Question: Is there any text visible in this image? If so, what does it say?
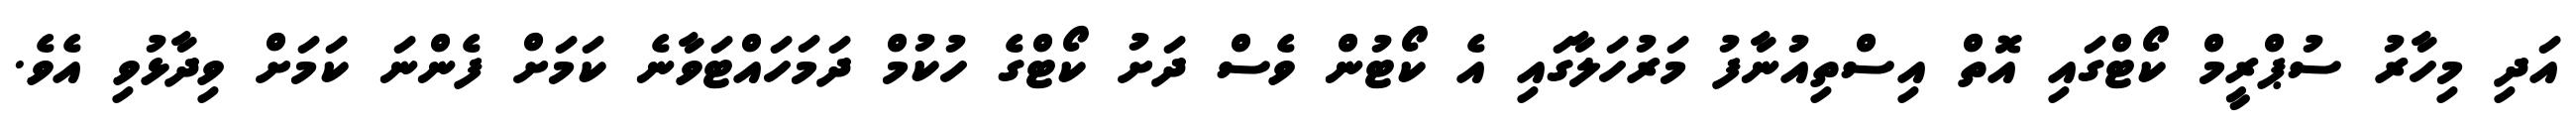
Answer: އަދި މިހާރު ސުޕްރީމް ކޯޓްގައި އޮތް އިސްތިއުނާފު މަރުހަލާގައި އެ ކޯޓުން ވެސް ދަށު ކޯޓްގެ ހުކުމް ދަމަހައްޓަވާނެ ކަމަށް ފެންނަ ކަމަށް ވިދާޅުވި އެވެ.